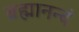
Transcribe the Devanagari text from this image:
ब्रह्मानन्दं